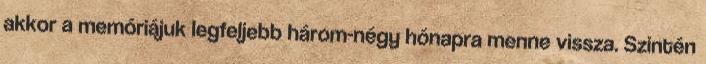
akkor a memóriájuk legfeljebb három-négy hónapra menne vissza. Szintén